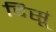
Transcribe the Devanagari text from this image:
दिसूं